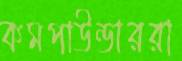
কমপাউন্ডাররা